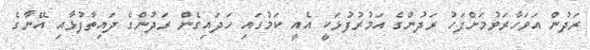
ރަދުން އަވަހާރަވުމަށްފަހު ރަދުންގެ އަމުރުފުޅަކީ އެއީ ކަމުގައި ހަދައިގެން ރަދުންގެ ދައިތާފުޅާއި އޭނާގެ